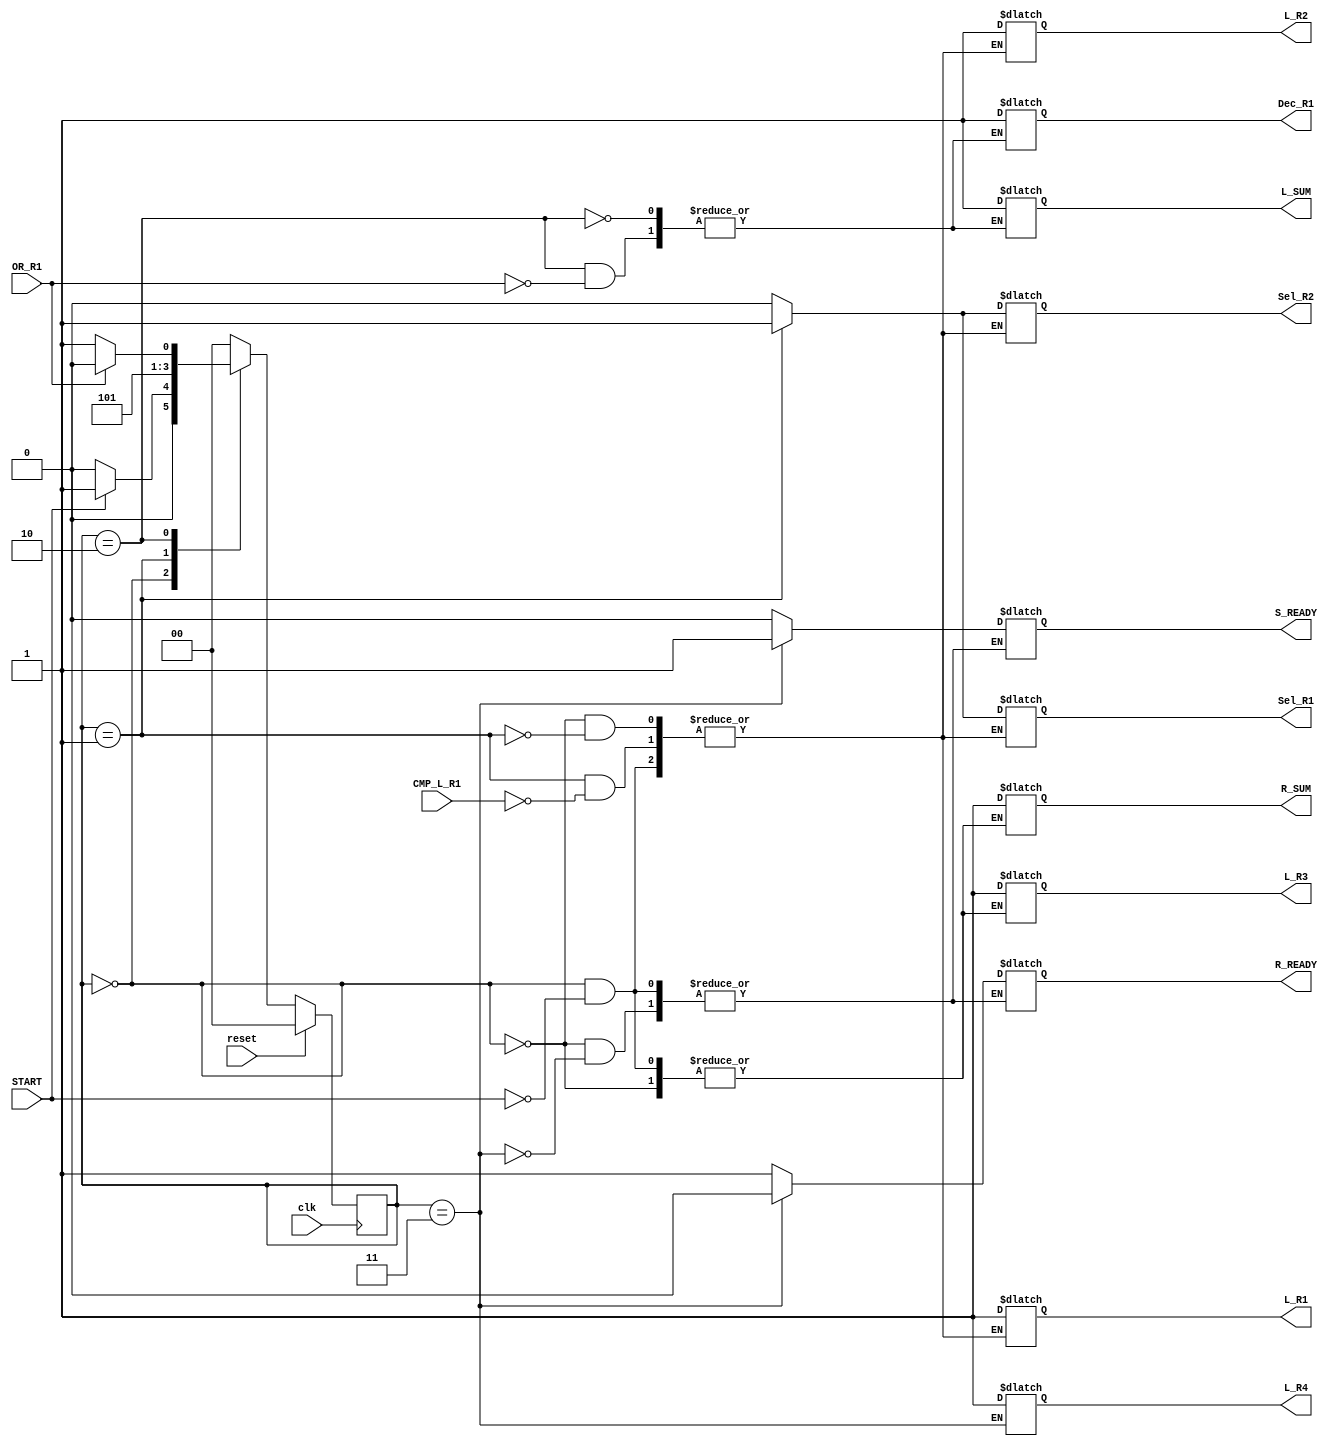
module control_unit(
    input reset, clk, START, OR_R1, CMP_L_R1,
    output reg L_R1, L_R2, L_R3, L_R4, L_SUM, Dec_R1, Sel_R1, Sel_R2, R_SUM, S_READY, R_READY
    );

    reg [1:0] p_state, n_state;
    localparam [1:0] init = 2'b00, cmp = 2'b01, mul = 2'b10, cmp2 = 2'b11;

    always @(p_state or START or OR_R1 or CMP_L_R1) begin
        n_state = init;
        case (p_state)
            init: begin
                if (START) begin
                    n_state <= cmp;
                    Sel_R1 <= 1'b0;
                    Sel_R2 <= 1'b0;
                    L_R1 <= 1'b1;
                    L_R2 <= 1'b1;
                    L_R3 <= 1'b1;
                    S_READY <= 1'b0; R_READY <= 1'b1;
                    R_SUM <= 1'b1;
                end
            end
            cmp: begin
                n_state <= mul;
                if (CMP_L_R1) begin
                    L_R1 <= 1'b1;
                    L_R2 <= 1'b1;
                    Sel_R1 <= 1'b1;
                    Sel_R2 <= 1'b1;
                end
            end
            mul: begin
                if (OR_R1) begin
                    n_state <= mul;
                    Dec_R1 <= 1'b1;
                    L_SUM <= 1'b1;
                end else n_state <= cmp2;
            end
            cmp2: begin
                n_state <= init;
                L_R4 <= 1'b1;
                S_READY <= 1'b1; R_READY <= 1'b0;
            end
        endcase
    end

    always @(posedge clk) begin
        if (reset) p_state <= init;
        else p_state <= n_state;
    end
endmodule